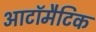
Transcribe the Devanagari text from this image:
आटॉमैटिक